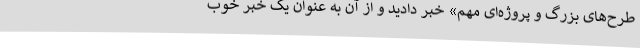
طرح‌های بزرگ و پروژه‌ای مهم» خبر دادید و از آن به عنوان یک خبر خوب